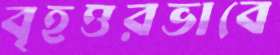
বৃহত্তরভাবে